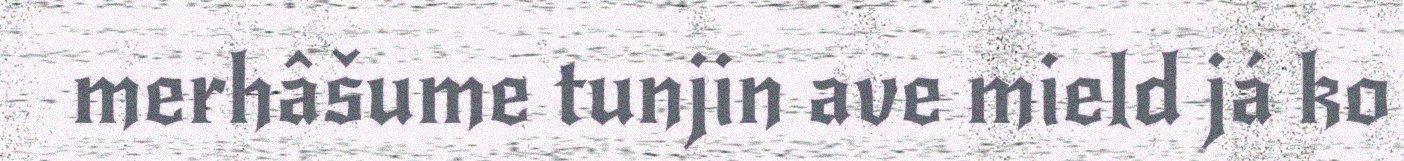
merhâšume tunjin ave mield já ko